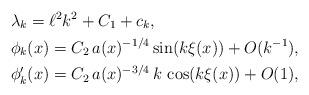
LaTeX: \begin{align*}&\lambda_{k} = \ell^2 k^2 + C_{1} + c_{k}, \\&\phi_{k}(x) = C_{2}\, a(x)^{-1/4} \sin(k\xi(x)) + O(k^{-1}), \\&\phi_{k}'(x) = C_{2}\,a(x)^{-3/4}\, k\, \cos(k\xi(x)) + O(1),\end{align*}